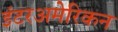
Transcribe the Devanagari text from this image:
इंटरअमेरिकन